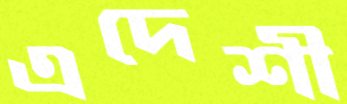
এদেশী